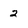
Character: 2